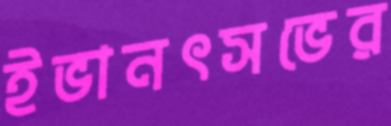
ইভানৎসভের